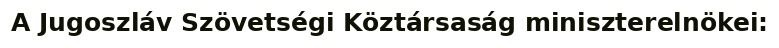
A Jugoszláv Szövetségi Köztársaság miniszterelnökei: